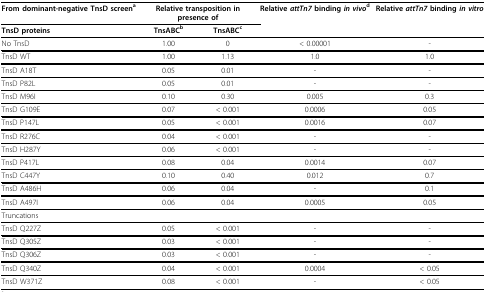
<table><thead><tr><td><b>From dominant-negative TnsD screen<sup>a</sup></b></td><td colspan="2"><b>Relative transposition in presence of</b></td><td><b>Relative <i>attTn7 </i>binding <i>in vivo</i><sup>d</sup></b></td><td><b>Relative <i>attTn7 </i>binding <i>in vitro</i></b></td></tr><tr><td><b>TnsD proteins</b></td><td><b>TnsABC<sup>b</sup></b></td><td><b>TnsABC<sup>c</sup></b></td><td></td><td></td></tr></thead><tbody><tr><td>No TnsD</td><td>1.00</td><td>0</td><td>&lt; 0.00001</td><td>-</td></tr><tr><td>TnsD WT</td><td>1.00</td><td>1.13</td><td>1.0</td><td>1.0</td></tr><tr><td>TnsD A18T</td><td>0.05</td><td>0.01</td><td>-</td><td>-</td></tr><tr><td>TnsD P82L</td><td>0.05</td><td>0.01</td><td>-</td><td>-</td></tr><tr><td>TnsD M96I</td><td>0.10</td><td>0.30</td><td>0.005</td><td>0.3</td></tr><tr><td>TnsD G109E</td><td>0.07</td><td>&lt; 0.001</td><td>0.0006</td><td>0.05</td></tr><tr><td>TnsD P147L</td><td>0.05</td><td>&lt; 0.001</td><td>0.0016</td><td>0.07</td></tr><tr><td>TnsD R276C</td><td>0.04</td><td>&lt; 0.001</td><td>-</td><td>-</td></tr><tr><td>TnsD H287Y</td><td>0.06</td><td>&lt; 0.001</td><td>-</td><td>-</td></tr><tr><td>TnsD P417L</td><td>0.08</td><td>0.04</td><td>0.0014</td><td>0.07</td></tr><tr><td>TnsD C447Y</td><td>0.10</td><td>0.40</td><td>0.012</td><td>0.7</td></tr><tr><td>TnsD A486H</td><td>0.06</td><td>0.04</td><td>-</td><td>0.1</td></tr><tr><td>TnsD A497I</td><td>0.06</td><td>0.04</td><td>0.0005</td><td>0.05</td></tr><tr><td>Truncations</td><td></td><td></td><td></td><td></td></tr><tr><td>TnsD Q227Z</td><td>0.05</td><td>&lt; 0.001</td><td>-</td><td>-</td></tr><tr><td>TnsD Q305Z</td><td>0.03</td><td>&lt; 0.001</td><td>-</td><td>-</td></tr><tr><td>TnsD Q306Z</td><td>0.03</td><td>&lt; 0.001</td><td>-</td><td>-</td></tr><tr><td>TnsD Q340Z</td><td>0.04</td><td>&lt; 0.001</td><td>0.0004</td><td>&lt; 0.05</td></tr><tr><td>TnsD W371Z</td><td>0.08</td><td>&lt; 0.001</td><td>-</td><td>&lt; 0.05</td></tr></tbody></table>